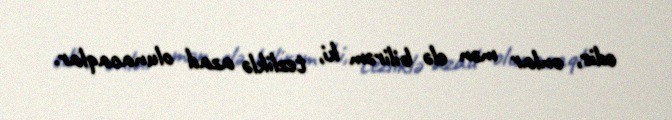
edir, onlar mən elə bilirəm ki, tezliklə azad olunacaqlar.